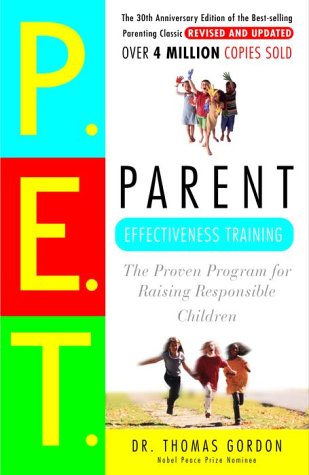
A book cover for Parent Effectiveness Training: The Proven Program for Raising Responsible Children; Thomas Gordon; Self-Help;